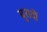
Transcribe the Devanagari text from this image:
बुरादों